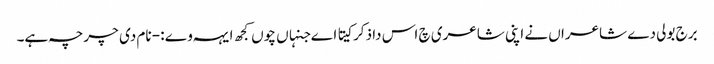
برج بولی دے شاعراں نے اپنی شاعری چ اس دا ذکر کیتا اے جنہاں چوں کجھ ایہہ وے :- نام دی چرچہ ہے۔